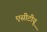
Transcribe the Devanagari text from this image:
एसीटीयू